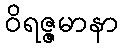
ဝိရဇ္ဇမာနာ